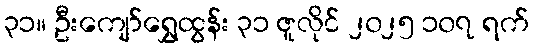
၃၁။ ဦးကျော်ရွှေထွန်း ၃၁ ဇူလိုင် ၂၀၂၅ ၁၀၇ ရက်